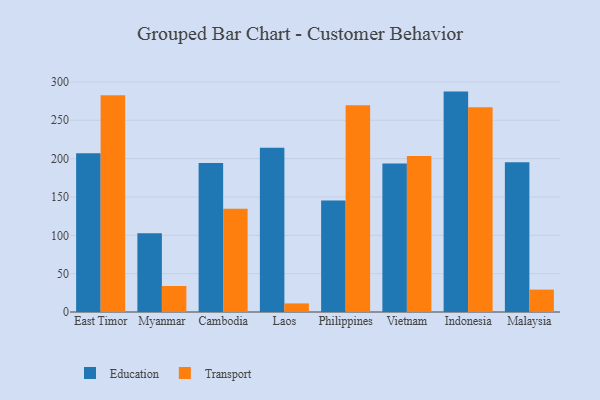
{"axis": {"x": "Country", "y": "Gross Profit (USD K)"}, "legend": ["Education", "Transport"], "data": [{"x": "East Timor", "y": 207.1, "type": "Education"}, {"x": "East Timor", "y": 282.7, "type": "Transport"}, {"x": "Myanmar", "y": 102.6, "type": "Education"}, {"x": "Myanmar", "y": 33.9, "type": "Transport"}, {"x": "Cambodia", "y": 194.2, "type": "Education"}, {"x": "Cambodia", "y": 134.6, "type": "Transport"}, {"x": "Laos", "y": 214.2, "type": "Education"}, {"x": "Laos", "y": 11.2, "type": "Transport"}, {"x": "Philippines", "y": 145.4, "type": "Education"}, {"x": "Philippines", "y": 269.6, "type": "Transport"}, {"x": "Vietnam", "y": 193.8, "type": "Education"}, {"x": "Vietnam", "y": 203.4, "type": "Transport"}, {"x": "Indonesia", "y": 287.4, "type": "Education"}, {"x": "Indonesia", "y": 266.9, "type": "Transport"}, {"x": "Malaysia", "y": 195.4, "type": "Education"}, {"x": "Malaysia", "y": 29.2, "type": "Transport"}]}